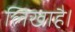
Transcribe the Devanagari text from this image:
लिखाहै।